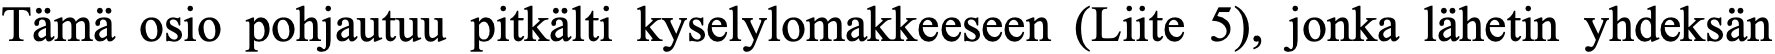
Tämä osio pohjautuu pitkälti kyselylomakkeeseen (Liite 5), jonka lähetin yhdeksän